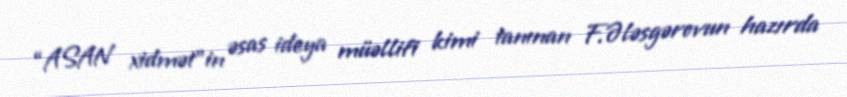
“ASAN xidmət”in əsas ideya müəllifi kimi tanınan F.Ələsgərovun hazırda